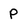
Character: P